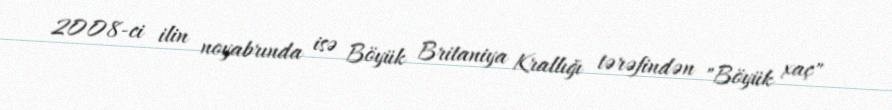
2008-ci ilin noyabrında isə Böyük Britaniya Krallığı tərəfindən "Böyük xaç"